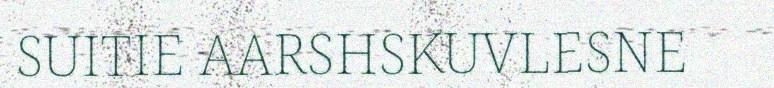
SUITIE AARSHSKUVLESNE